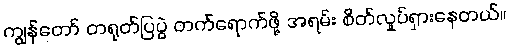
ကျွန်တော် တရုတ်ပြပွဲ တက်ရောက်ဖို့ အရမ်း စိတ်လှုပ်ရှားနေတယ်။